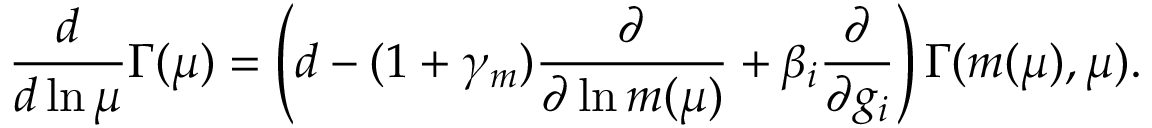
\frac { d } { d \ln \mu } \Gamma ( \mu ) = \left( d - ( 1 + \gamma _ { m } ) \frac { \partial } { \partial \ln m ( \mu ) } + \beta _ { i } \frac { \partial } { \partial g _ { i } } \right) \Gamma ( m ( \mu ) , \mu ) .